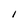
Character: I